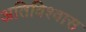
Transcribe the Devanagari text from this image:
अतिविश्वास